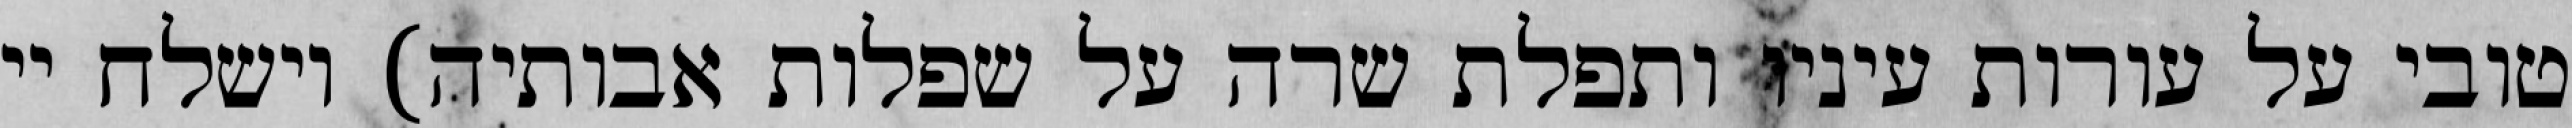
טובי על עורות עיניו ותפלת שרה על שפלות אבותיה) וישלח יי